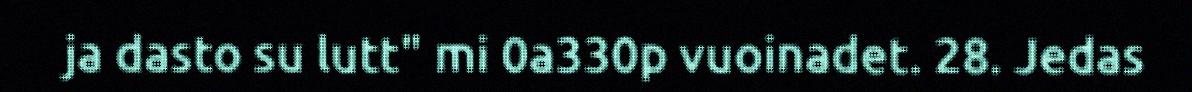
ja dasto su lutt" mi 0a330p vuoinadet. 28. Jedas